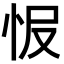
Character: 𢘎